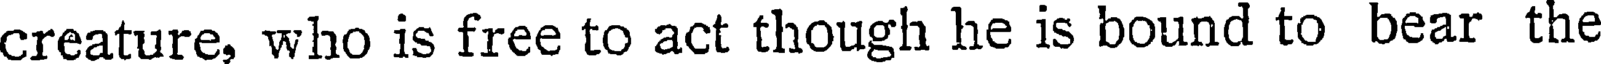
creature, who is free to act though he is bound to bear the